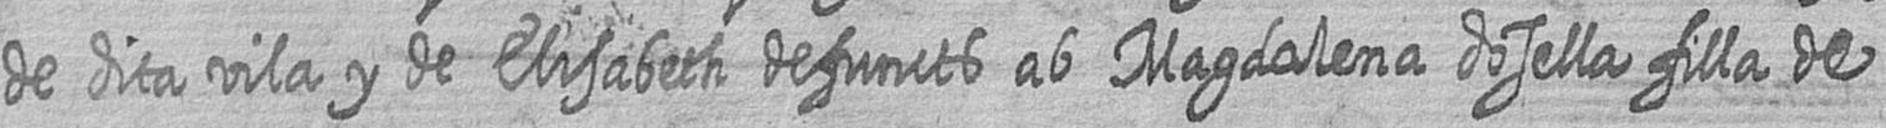
de dita vila y de Elisabeth defuncts ab Magdalena dosella filla de